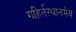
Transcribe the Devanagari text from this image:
गहिर्तस्थानमेव